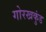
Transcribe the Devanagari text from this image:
गोरखकुंड